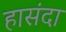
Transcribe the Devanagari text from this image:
हासंदा